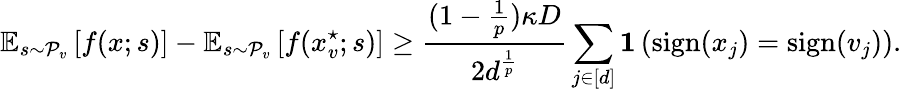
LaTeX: \mathbb{E}_{s\sim\mathcal{P}_{v}}\left[f(x;s)\right]-\mathbb{E}_{s\sim\mathcal{P}_{v}}\left[f(x_{v}^{\star};s)\right]\ge\frac{(1-\frac 1p)\kappa D}{2d^{\frac 1p}}\sum_{j\in[d]}\mathbf{1}\left(\mathrm{sign}(x_{j})=\mathrm{sign}(v_{j})\right).